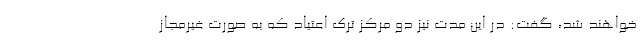
خواهند شد، گفت: در این مدت نیز دو مرکز ترک اعتیاد که به صورت غیرمجاز